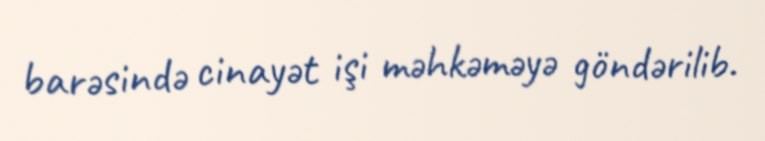
barəsində cinayət işi məhkəməyə göndərilib.